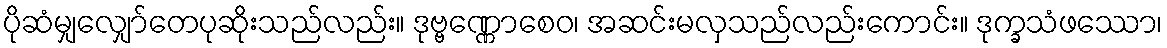
ပိုဆံမျှလျှော်တေပုဆိုးသည်လည်း။ ဒုဗ္ဗဏ္ဏောစေဝ၊ အဆင်းမလှသည်လည်းကောင်း။ ဒုက္ခသံဖဿော၊